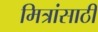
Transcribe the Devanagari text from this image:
मित्रांसाठी